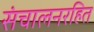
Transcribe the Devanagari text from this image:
संचालनरहित